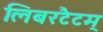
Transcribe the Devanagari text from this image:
लिबरटैटम्